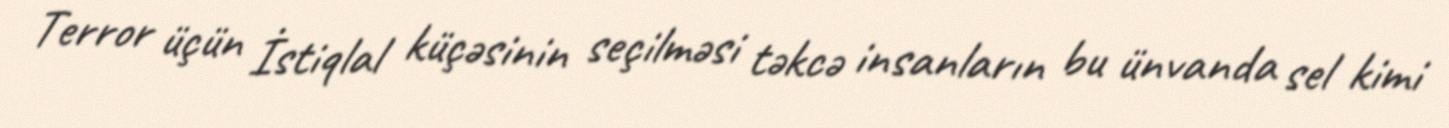
Terror üçün İstiqlal küçəsinin seçilməsi təkcə insanların bu ünvanda sel kimi